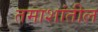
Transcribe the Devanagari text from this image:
तमाशांतील